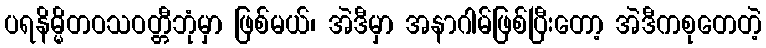
ပရနိမ္မိတဝသဝတ္တီဘုံမှာ ဖြစ်မယ်၊ အဲဒီမှာ အနာဂါမ်ဖြစ်ပြီးတော့ အဲဒီကစုတေတဲ့